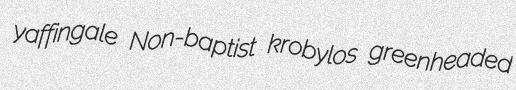
yaffingale Non-baptist krobylos greenheaded